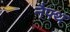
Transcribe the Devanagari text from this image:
नैफ्थ